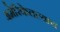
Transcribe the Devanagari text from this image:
अमेरिकेतल्याच